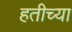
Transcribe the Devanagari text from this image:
हतीच्या